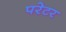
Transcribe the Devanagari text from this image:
परेटर